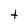
Character: t